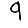
Digit: 9